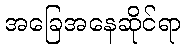
အခြေအနေဆိုင်ရာ